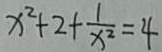
x ^ { 2 } + 2 + \frac { 1 } { x ^ { 2 } } = 4